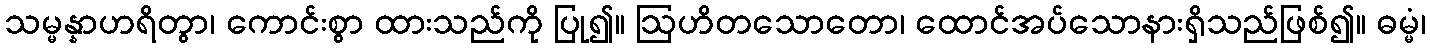
သမ္မန္နာဟရိတွာ၊ ကောင်းစွာ ထားသည်ကို ပြု၍။ ဩဟိတသောတော၊ ထောင်အပ်သောနားရှိသည်ဖြစ်၍။ ဓမ္မံ၊